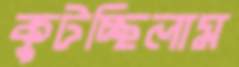
কুটচ্ছিলাম